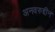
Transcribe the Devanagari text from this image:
अनवरुद्दीन